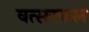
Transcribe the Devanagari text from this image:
वत्सरफलं